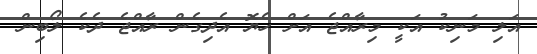
އަލި މަނިކު އަކީ މިރާއްޖެ އަށް ހެޔޮ އެދިގެން ރާއްޖެ ދެކެ ލޯބިން